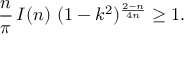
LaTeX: \frac { n } { \pi } \, I ( n ) \, \, ( 1 - k ^ { 2 } ) ^ { \frac { 2 - n } { 4 n } } \geq 1 .